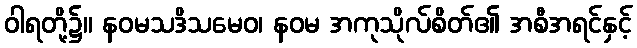
ဝါရတို့၌။ နဝမသဒိသမေဝ၊ နဝမ အကုသိုလ်စိတ်၏ အစီအရင်နှင့်